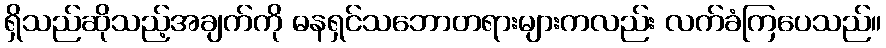
ရှိသည်ဆိုသည့်အချက်ကို ဓနရှင်သဘောတရားများကလည်း လက်ခံကြပေသည်။